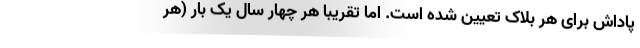
پاداش برای هر بلاک تعیین شده است. اما تقریبا هر چهار سال یک بار (هر